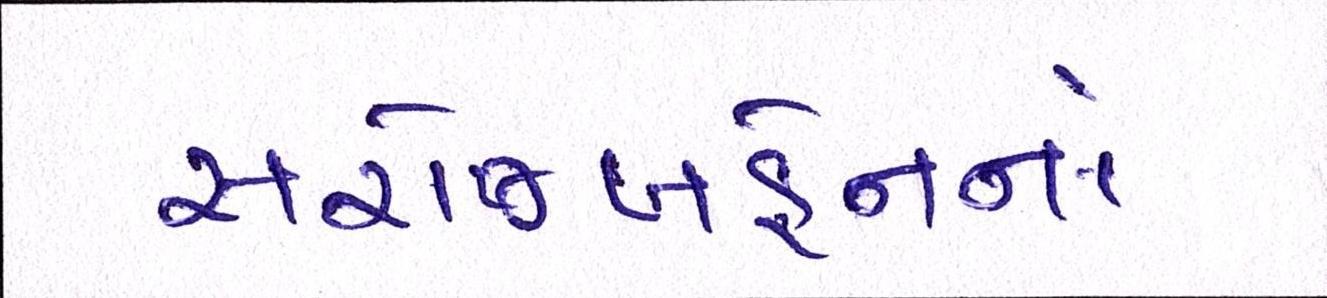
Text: સરોજબહેનનાં